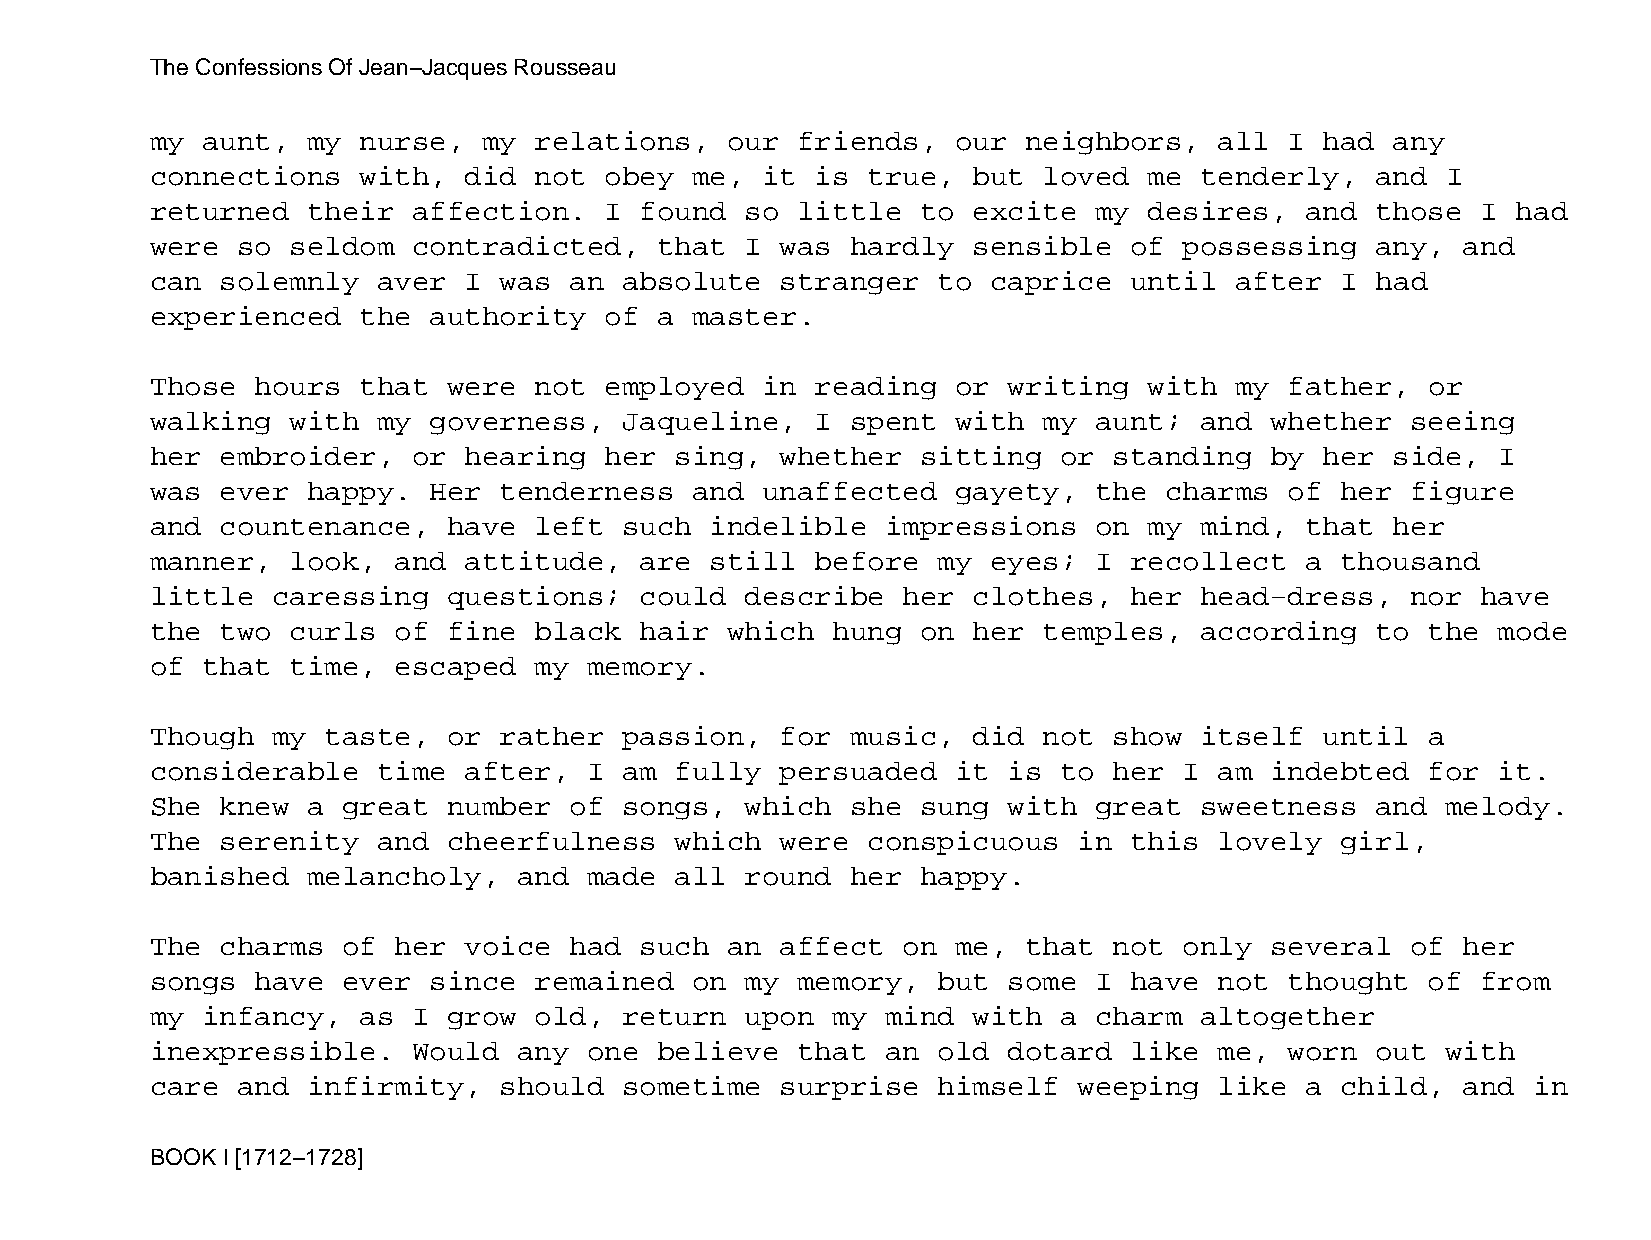
The Confessions Of Jean−Jacques Rousseau
 my aunt,  my  nurse,  my relations,   our  friends,  our  neighbors,   all I  had any
 connections   with,  did not  obey  me, it  is true,  but  loved  me tenderly,   and  I
 returned  their  affection.   I found  so  little  to excite  my  desires,  and  those  I had
 were  so seldom  contradicted,    that I  was hardly  sensible   of possessing   any,  and
 can  solemnly  aver  I was  an absolute   stranger  to  caprice  until  after  I had
 experienced   the authority   of  a master.
 Those  hours  that  were not  employed  in  reading  or  writing  with  my father,   or
 walking  with  my governess,   Jaqueline,   I spent  with  my aunt;  and  whether  seeing
 her  embroider,  or  hearing  her  sing,  whether  sitting  or  standing  by  her side,  I
 was  ever happy.  Her  tenderness   and unaffected   gayety,  the  charms  of  her figure
 and  countenance,   have left  such  indelible   impressions  on  my mind,  that  her
 manner,  look,  and  attitude,  are  still  before  my  eyes; I  recollect  a  thousand
 little  caressing   questions;  could  describe   her clothes,   her head−dress,   nor  have
 the  two curls  of  fine black  hair  which  hung  on her  temples,  according   to  the mode
 of that  time,  escaped  my  memory.
 Though  my  taste,  or rather  passion,   for music,  did  not  show itself   until  a
 considerable   time  after,  I am  fully  persuaded  it  is to  her I  am indebted   for it.
 She  knew a  great  number  of songs,  which  she  sung  with great  sweetness   and  melody.
 The  serenity  and  cheerfulness   which  were conspicuous   in  this  lovely  girl,
 banished  melancholy,   and  made  all round  her  happy.
 The  charms  of her  voice  had such  an  affect  on me,  that  not only  several  of  her
 songs  have  ever since  remained   on my  memory,  but  some I  have  not thought   of from
 my infancy,   as I  grow old,  return  upon  my  mind with  a charm  altogether
 inexpressible.   Would  any  one  believe  that  an old  dotard  like  me, worn  out  with
 care  and infirmity,   should  sometime   surprise  himself  weeping   like a  child,  and in
 BOOK I [1712−1728]